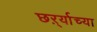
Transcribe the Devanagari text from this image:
छर्ऱ्याच्या